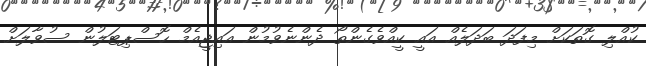
ކުއްލި ގޮތަކަށް މިފަދަ ބަދަލެއް އައީ ކީއްވެގެންތޯ ދެންނެވުމުން އައިޖީއެމް ހޮސްޕިޓަލުން ސުވާލަށް